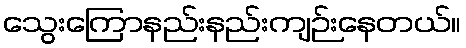
သွေးကြောနည်းနည်းကျဉ်းနေတယ်။